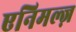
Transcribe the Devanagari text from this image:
एनिमल्ज़